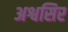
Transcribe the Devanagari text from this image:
अश्वसिर